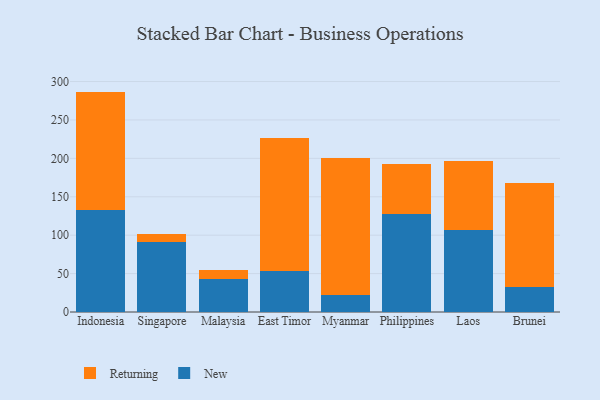
{"axis": {"x": "Country", "y": "Temperature (°C)"}, "legend": ["New", "Returning"], "data": [{"x": "Indonesia", "y": 132.3, "type": "New"}, {"x": "Indonesia", "y": 154.6, "type": "Returning"}, {"x": "Singapore", "y": 90.9, "type": "New"}, {"x": "Singapore", "y": 10.2, "type": "Returning"}, {"x": "Malaysia", "y": 42.7, "type": "New"}, {"x": "Malaysia", "y": 12.3, "type": "Returning"}, {"x": "East Timor", "y": 53.7, "type": "New"}, {"x": "East Timor", "y": 172.4, "type": "Returning"}, {"x": "Myanmar", "y": 22.6, "type": "New"}, {"x": "Myanmar", "y": 177.3, "type": "Returning"}, {"x": "Philippines", "y": 127.0, "type": "New"}, {"x": "Philippines", "y": 65.8, "type": "Returning"}, {"x": "Laos", "y": 106.5, "type": "New"}, {"x": "Laos", "y": 89.7, "type": "Returning"}, {"x": "Brunei", "y": 32.1, "type": "New"}, {"x": "Brunei", "y": 135.2, "type": "Returning"}]}